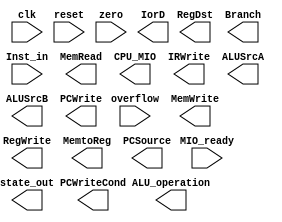
module   MCtrl(input  clk,
					input  reset,
					input  [31:0] Inst_in,
					input  zero,
					input  overflow,
					input  MIO_ready,
					output reg MemRead,
					output reg MemWrite,
					output reg[2:0]ALU_operation,
					output [4:0]state_out,
					
					output reg CPU_MIO,
					output reg IorD,
					output reg IRWrite,
					output reg [1:0]RegDst,
					output reg RegWrite,
					output reg [1:0]MemtoReg,
					output reg ALUSrcA,
					output reg [1:0]ALUSrcB,
					output reg [1:0]PCSource,
					output reg PCWrite,
					output reg PCWriteCond,
					output reg Branch
					);
				
				
endmodule